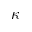
\kappa